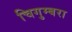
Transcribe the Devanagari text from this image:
चिगुम्बरा